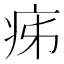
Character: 㾅